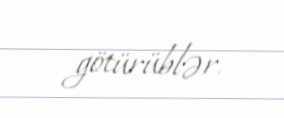
götürüblər.